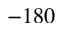
- 1 8 0